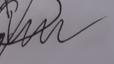
Signature authenticity: forged